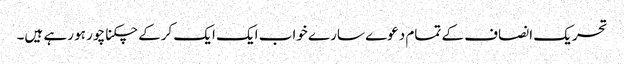
تحریک انصاف کے تمام دعوے سارے خواب ایک ایک کرکے چکنا چور ہو رہے ہیں۔